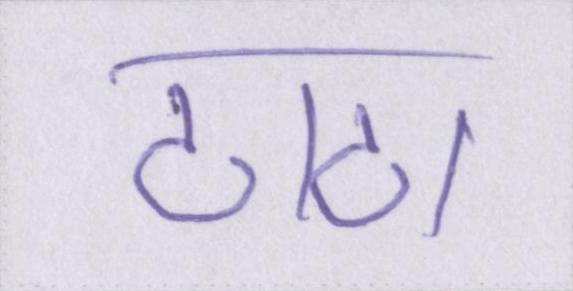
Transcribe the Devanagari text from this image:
टाटा